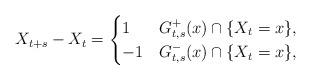
LaTeX: \begin{align*}X_{t+s} - X_t = \begin{cases}1 & G^+_{t,s}(x) \cap \{X_t = x\},\\-1 & G^-_{t,s}(x) \cap \{X_t = x\},\end{cases}\end{align*}